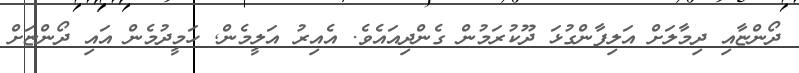
ދޯންޏާއި ދިމާލަށް އަލިފާންގުޅަ ދޫކުރަމުން ގެންދިއައެވެ. އެއިރު އަލީމެން